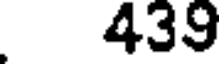
439